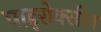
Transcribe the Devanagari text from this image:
पाइरोक्सीन